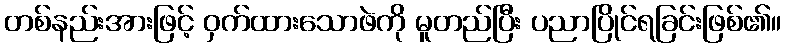
တစ်နည်းအားဖြင့် ဝှက်ထားသောဖဲကို မူတည်ပြီး ပညာပြိုင်ရခြင်းဖြစ်၏။